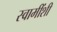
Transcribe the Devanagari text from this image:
स्वामींशी